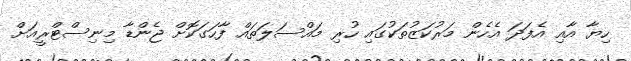
ހިޔާ އާއި އެފަދަ އެހެން މަރުކަޒުތަކުގައި ހުރި މައްސަލަތައް ފާހަގަކޮށް ޖެންޑާ މިނިސްޓްރީއަށް